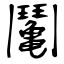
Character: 䰗